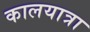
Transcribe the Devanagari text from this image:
कालयात्रा